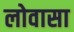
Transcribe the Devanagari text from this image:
लोवासा